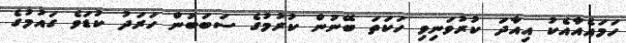
ހަމައެއާއެކު އިއާދަ ކުރުވަނިވި ހަކަތަ ބޭނުން ކުރުމުގެ ސަބަބުން ހަރަދު ކުޑަވެ ގައުމުގެ